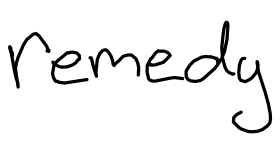
Text: remedy
Cross-out: clean
Writing tool: digital_black